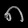
Digit: ၈